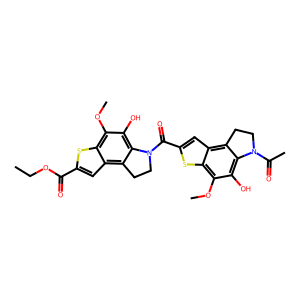
SMILES: CCOC(=O)c1cc2c3c(c(O)c(OC)c2s1)N(C(=O)c1cc2c4c(c(O)c(OC)c2s1)N(C(C)=O)CC4)CC3
Inhibits HIV replication: No